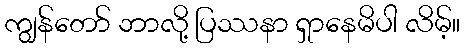
ကျွန်တော် ဘာလို့ ပြဿနာ ရှာနေမိပါ လိမ့်။